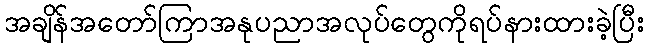
အချိန်အတော်ကြာအနုပညာအလုပ်တွေကိုရပ်နားထားခဲ့ပြီး